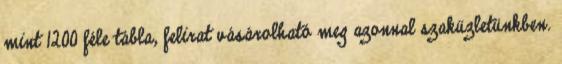
mint 1200 féle tábla, felirat vásárolható meg azonnal szaküzletünkben.